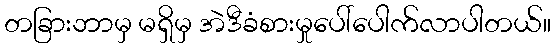
တခြားဘာမှ မရှိမှ အဲဒီခံစားမှုပေါ်ပေါက်လာပါတယ်။